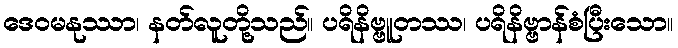
ဒေဝမနုဿာ၊ နတ်လူတို့သည်။ ပရိနိဗ္ဗူတဿ၊ ပရိနိဗ္ဗာန်စံပြီးသော။